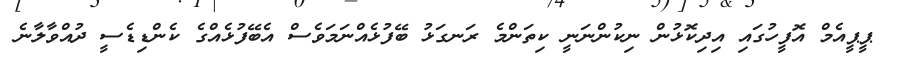
ޕީޕީއެމް އޮފީހުގައި އިދިކޮޅުން ނިކުންނަނީ ކިތަންމެ ރަނގަޅު ބޭފުޅެއްނަމަވެސް އެބޭފުޅެއްގެ ކެންޑިޑެސީ ދުއްވާލާނެ